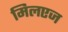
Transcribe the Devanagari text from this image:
मिलएज